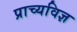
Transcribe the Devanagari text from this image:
प्राच्यविज्ञ